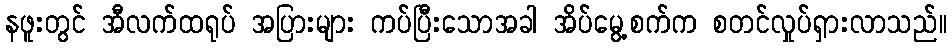
နဖူးတွင် အီလက်ထရုပ် အပြားများ ကပ်ပြီးသောအခါ အိပ်မွေ့စက်က စတင်လှုပ်ရှားလာသည်။